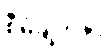
စီမံချက်နှင့်